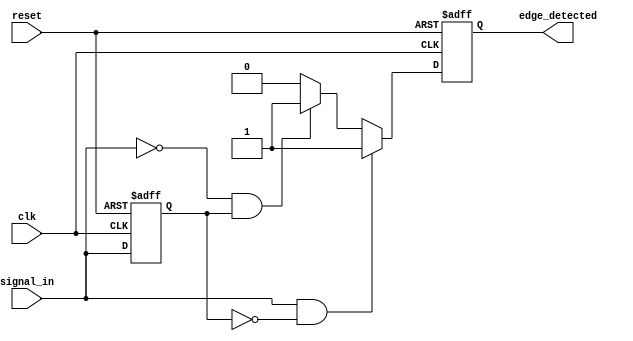
module edge_detector (
    input wire clk,               // Clock signal
    input wire reset,             // Reset signal
    input wire signal_in,         // Input digital signal
    output reg edge_detected      // Output signal indicating edge detection
);

    // Memory block to store previous state
    reg previous_state;

    // Always block to handle edge detection and state updating
    always @(posedge clk or posedge reset) begin
        if (reset) begin
            // Initialize previous state to 0 on reset
            previous_state <= 1'b0;
            edge_detected <= 1'b0; // Clear edge detected signal
        end else begin
            // Edge detection logic
            if (signal_in && !previous_state) begin
                // Rising edge detected
                edge_detected <= 1'b1;
            end else if (!signal_in && previous_state) begin
                // Falling edge detected
                edge_detected <= 1'b1;
            end else begin
                // No edge detected
                edge_detected <= 1'b0;
            end
            
            // Update previous state to current state
            previous_state <= signal_in;
        end
    end

endmodule